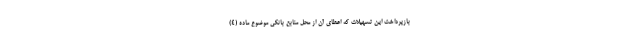
بازپرداخت این تسهیلات که اعطای آن از محل منابع بانکی موضوع ماده (۴)